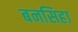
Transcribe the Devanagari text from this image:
बनसिहा